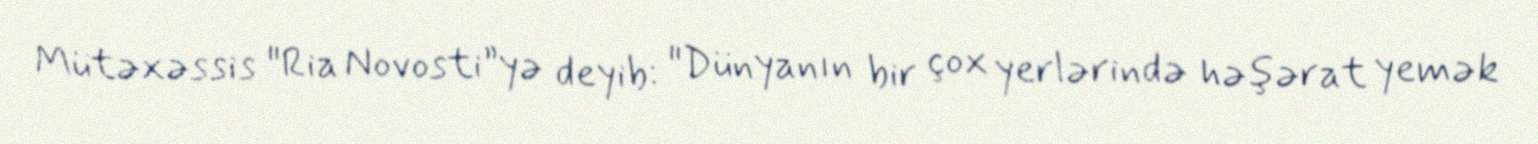
Mütəxəssis "Ria Novosti”yə deyib: "Dünyanın bir çox yerlərində həşərat yemək